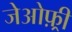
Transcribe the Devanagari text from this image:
जेओफ़्री